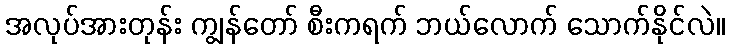
အလုပ်အားတုန်း ကျွန်တော် စီးကရက် ဘယ်လောက် သောက်နိုင်လဲ။